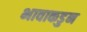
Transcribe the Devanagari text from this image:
भावाकडुन